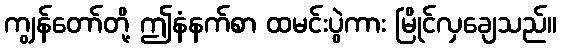
ကျွန်တော်တို့ ဤနံနက်စာ ထမင်းပွဲကား မြိုင်လှချေသည်။